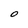
Character: O